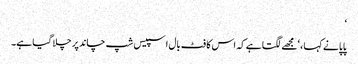
‘
پاپا نے کہا ، ‘مجھے لگتا ہے کہ اس کا فٹ بال اسپیس شپ چاند پر چلا گیا ہے۔